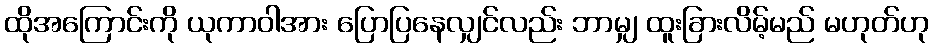
ထိုအကြောင်းကို ယုကာဝါအား ပြောပြနေလျှင်လည်း ဘာမျှ ထူးခြားလိမ့်မည် မဟုတ်ဟု